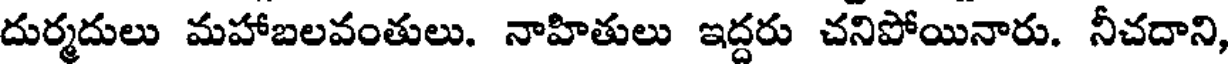
దుర్మదులు మహాబలవంతులు. నాహితులు ఇద్దరు చనిపోయినారు. నీచదాని,